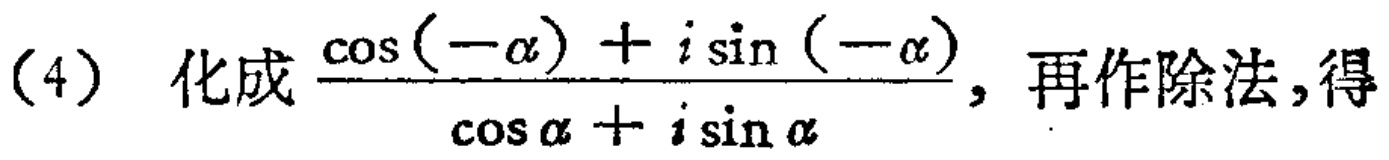
(4) 化成$\frac{\cos(-\alpha)+i\sin(-\alpha)}{\cos\alpha + i\sin\alpha}$，再作除法，得